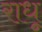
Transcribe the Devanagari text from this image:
राधू